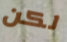
لكن